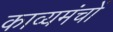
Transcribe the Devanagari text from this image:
काव्यमंचों